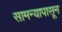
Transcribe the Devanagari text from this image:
सामन्यापासून